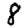
Digit: 8